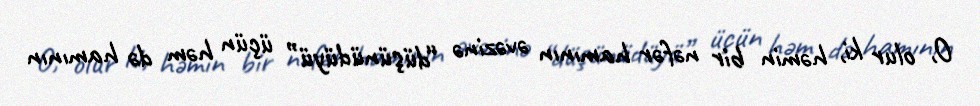
O, olur ki, həmin bir nəfər hamının əvəzinə “düşünüdüyü” üçün həm də hamının